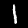
Label: 1